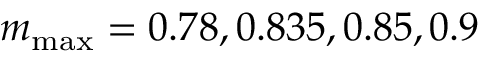
m _ { \mathrm { m a x } } = 0 . 7 8 , 0 . 8 3 5 , 0 . 8 5 , 0 . 9